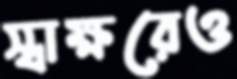
স্বাক্ষরেও